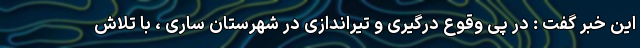
این خبر گفت : در پی وقوع درگیری و تیراندازی در شهرستان ساری ، با تلاش